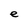
Character: e